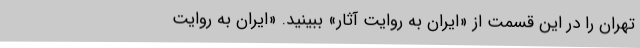
تهران را در این قسمت از «ایران به روایت آثار» ببینید. «ایران به روایت